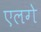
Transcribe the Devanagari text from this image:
एलगे